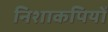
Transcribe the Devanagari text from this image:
निशाकपियों